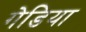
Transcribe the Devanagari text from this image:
गेडिया